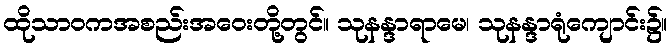
ထိုသာဝကအစည်းအဝေးတို့တွင်။ သုနန္ဒာရာမေ၊ သုနန္ဒာရုံကျောင်း၌။